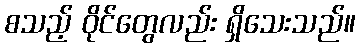
စသည့် ဝိုင်တွေလည်း ရှိသေးသည်။